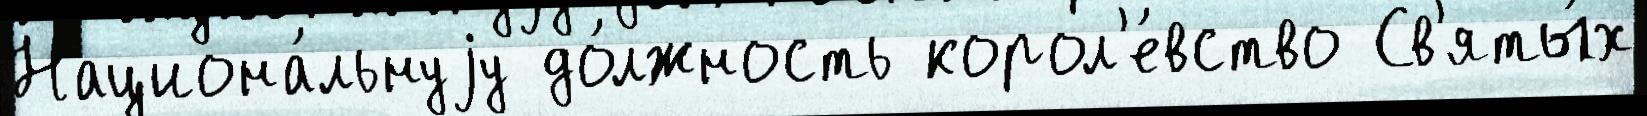
Национа́льнуjу до́лжность корол'е́вство Св'яты́х